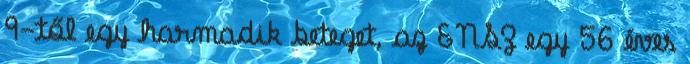
9-től egy harmadik beteget, az ENSZ egy 56 éves